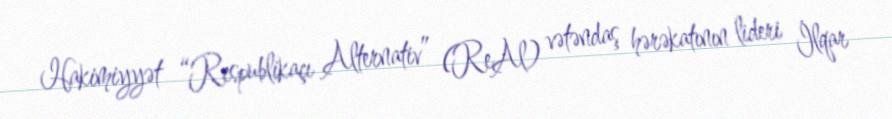
Hakimiyyət “Respublikaçı Alternativ” (ReAl) vətəndaş hərəkatının lideri İlqar